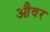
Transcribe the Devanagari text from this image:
औवर